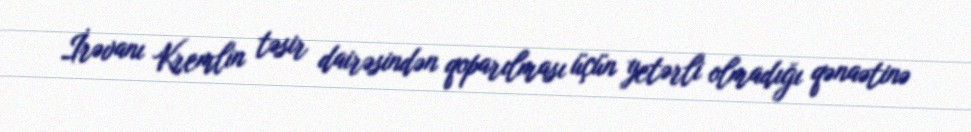
İrəvanı Kremlin təsir dairəsindən qoparılması üçün yetərli olmadığı qənaətinə